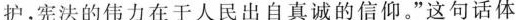
护，宪法的伟力在于人民出自真诚的信仰。”这句话体